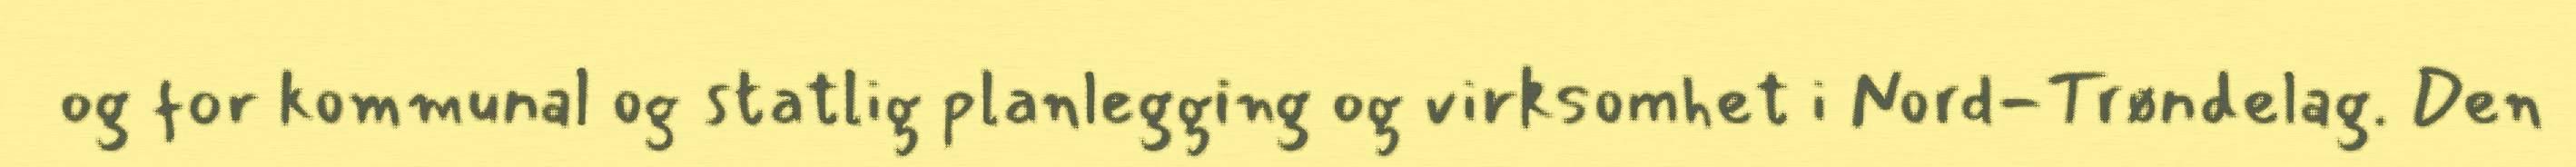
og for kommunal og statlig planlegging og virksomhet i Nord-Trøndelag. Den